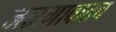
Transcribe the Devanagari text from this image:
जळगावातच